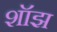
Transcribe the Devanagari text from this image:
शॉझ